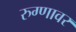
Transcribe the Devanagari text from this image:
रुग्णावर